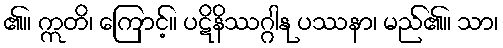
၏။ ဣတိ၊ ကြောင့်။ ပဋိနိဿဂ္ဂါနု ပဿနာ၊ မည်၏။ သာ၊